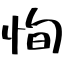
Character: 恂